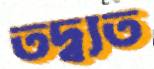
তদ্ব্যত